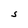
Character: S